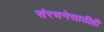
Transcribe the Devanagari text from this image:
संरचनेसाठीही